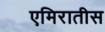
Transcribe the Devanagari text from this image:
एमिरातीस